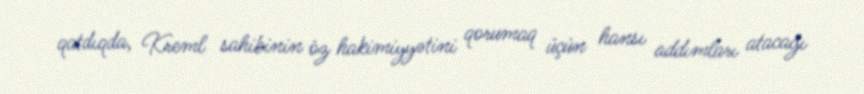
qatdıqda, Kreml sahibinin öz hakimiyyətini qorumaq üçün hansı addımları atacağı